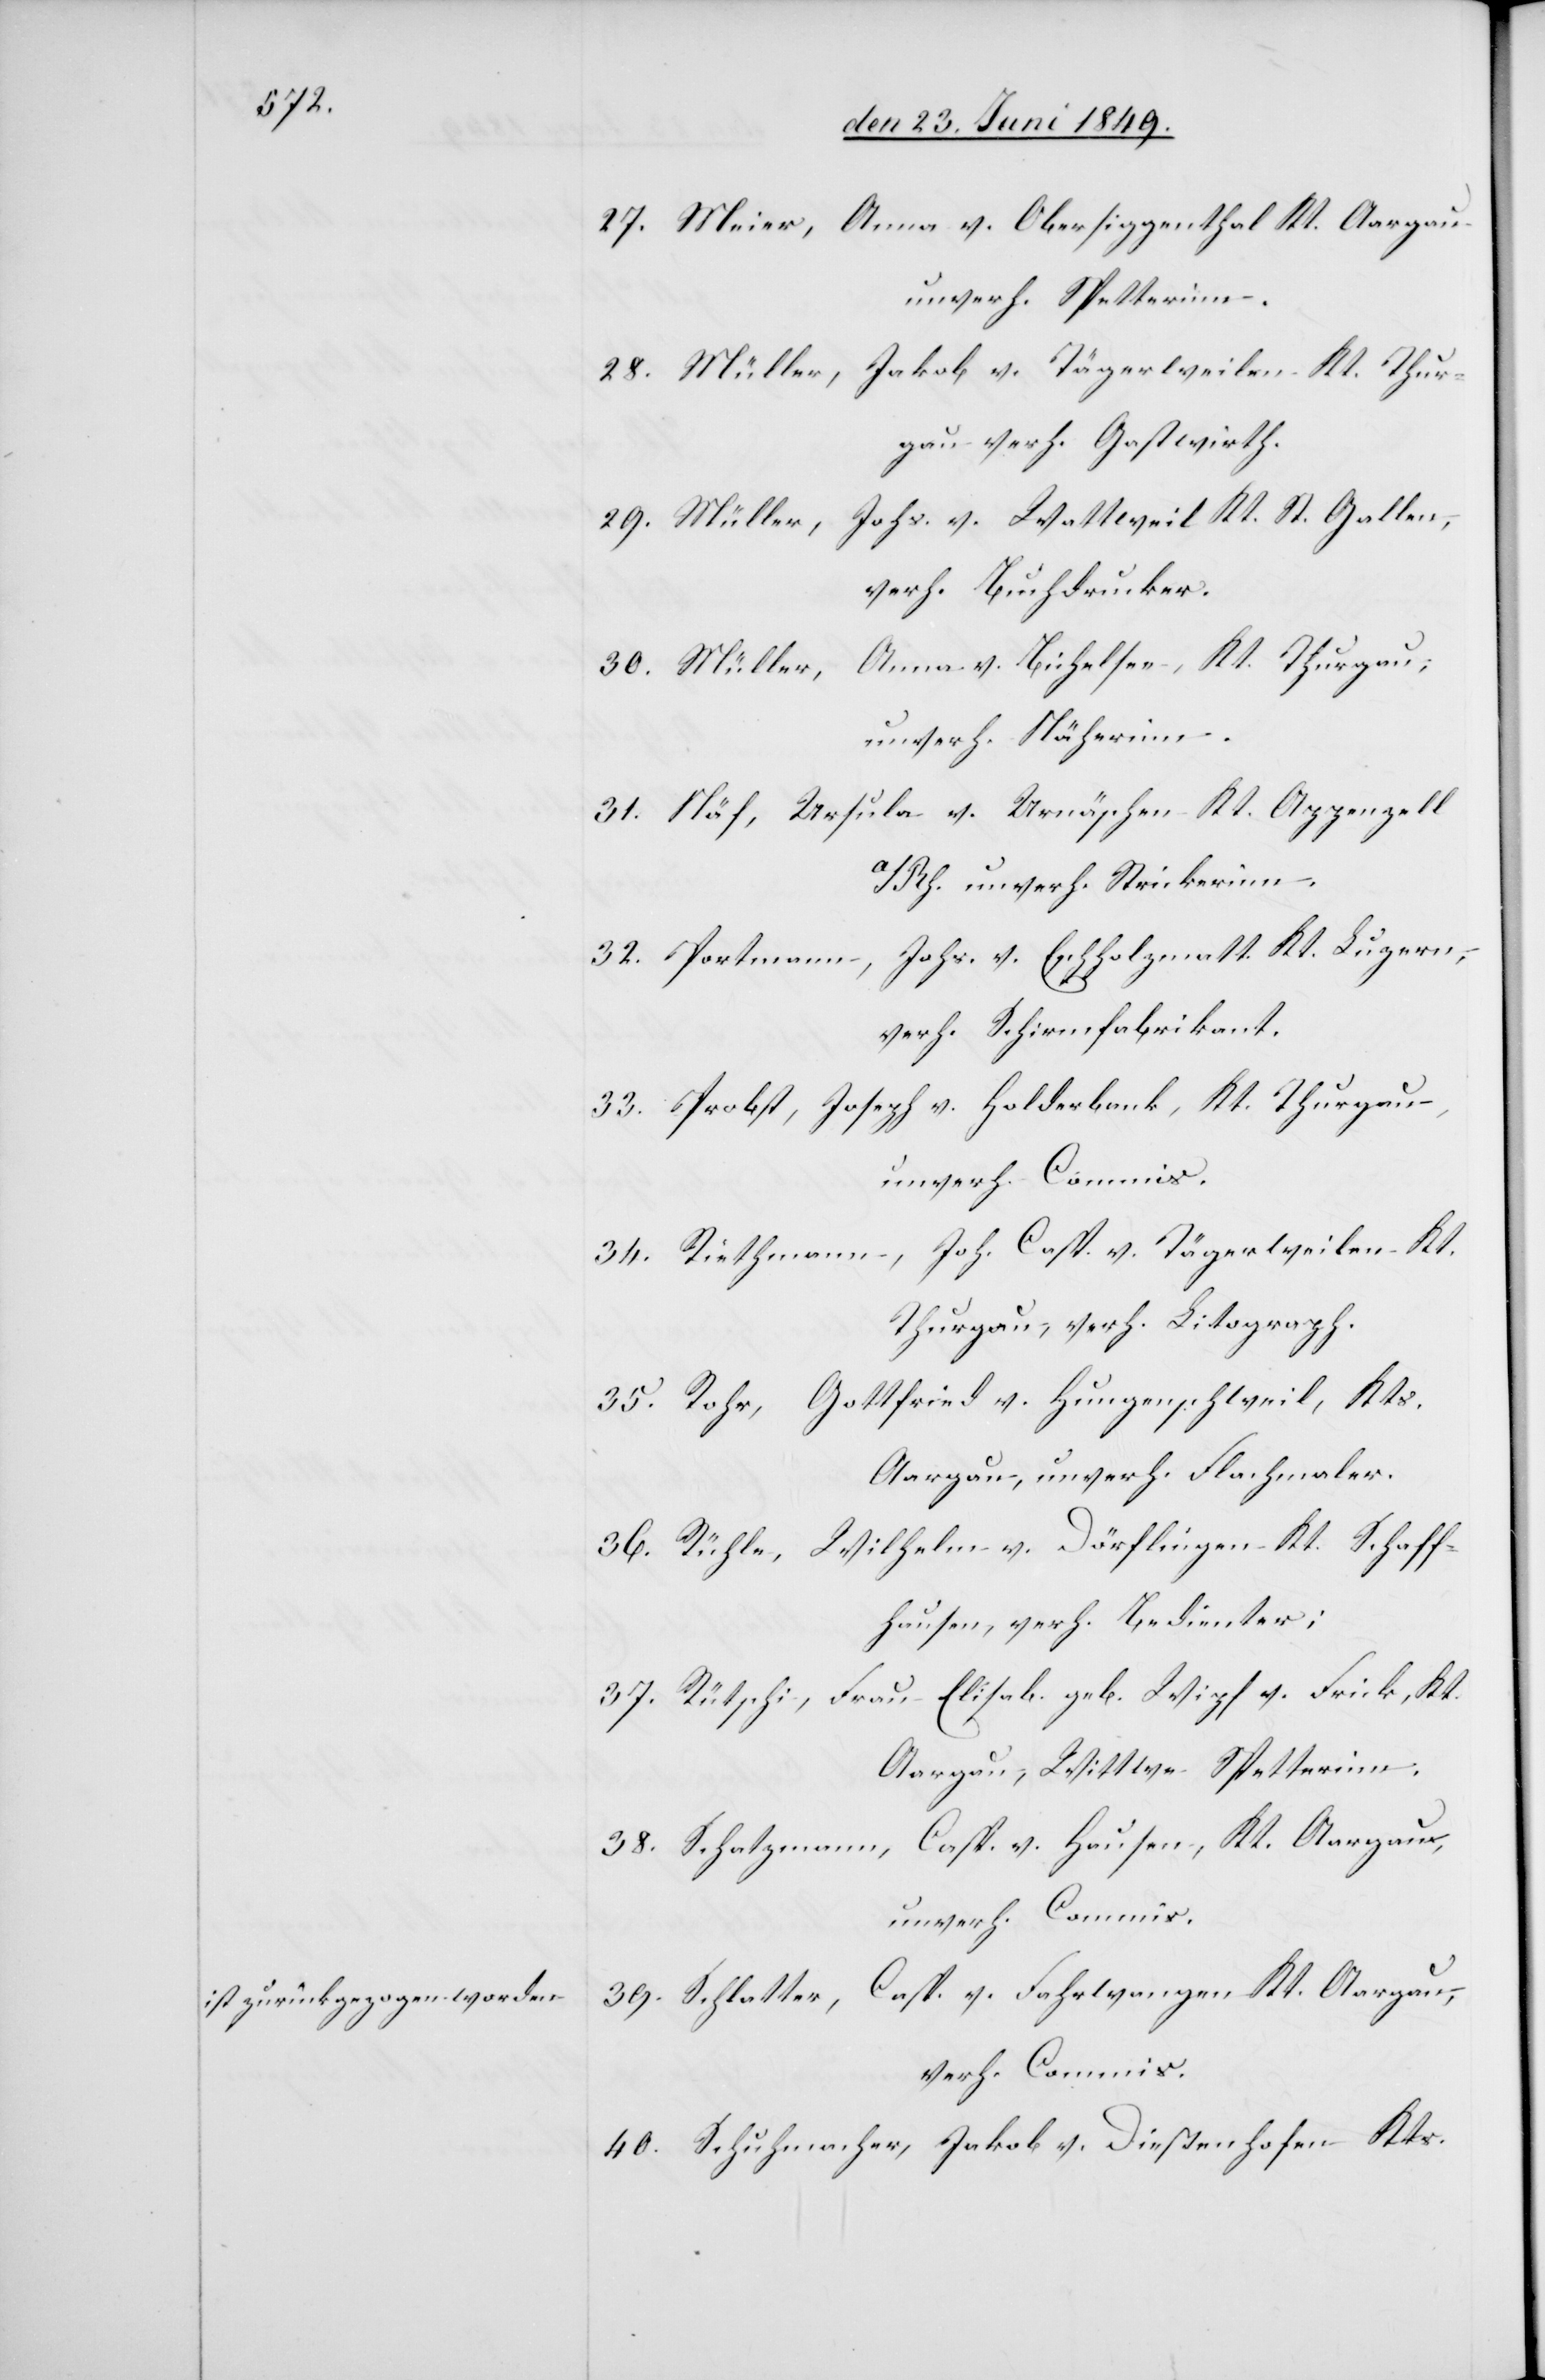
[ist zurückgezogen worden]

27. Meier, Anna v. Obersiggenthal Kt. Aargau
unverh. Spetterinn.
28. Müller, Jakob v. Tägerweilen Kt. Thur¬
gau verh. Gastwirth.
29. Müller, Johs. v. Wattweil Kt. St. Gallen,
verh. Buchdrucker.
30. Müller, Anna v. Bichelsen, Kt. Thurgau,
unverh. Näherinn.
31. Näf, Ursula v. Urnäschen Kt. Appenzell
a/Rh. unverh. Strickerinn.
32. Portmann, Johs. v. Eschholzmatt Kt. Luzern,
verh. Schirmfabrikant.
33. Probst, Joseph v. Holderbank, Kt. Thurgau,
unverh. Commis.
34. Riethmann, Joh. Casp. v. Tägerweilen Kt.
Thurgau, verh. Litograph.
35. Rohr, Gottfried v. Hungenschweil, Kts.
Aargau, unverh. Flachmaler.
36. Rühle, Wilhelm v. Dörflingen Kt. Schaff¬
hausen, verh. Bedienter;
37. Rütschi, Frau Elisab. geb. Wipf v. Frick, Kt.
Aargau, Wittwe Spetterinn.
38. Schatzmann, Casp. v. Hausen, Kt. Aargau,
unverh. Commis.
39. Schlatter, Casp. v. Fahrwangen Kt. Aargau,
verh. Commis.
40. Schuhmacher, Jakob v. Dießenhofen Kts.